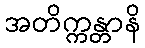
အတိက္ကန္တာနိ